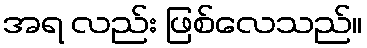
အရ လည်း ဖြစ်လေသည်။